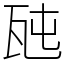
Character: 瓲